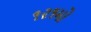
૧૨૧મો